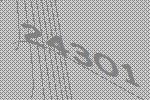
24301